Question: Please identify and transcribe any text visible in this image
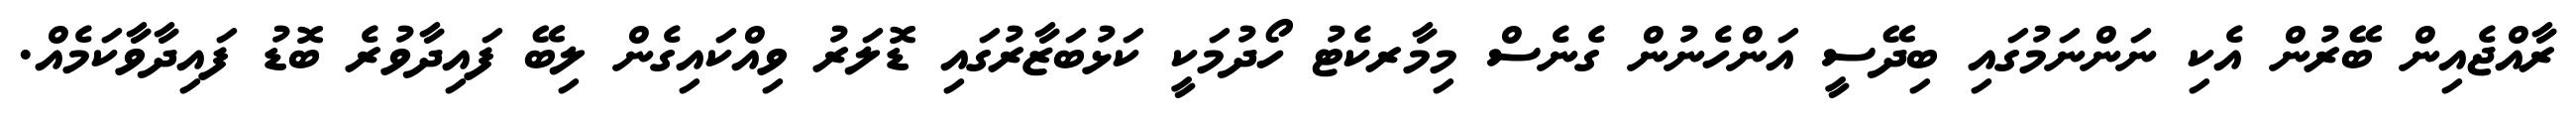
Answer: ރާއްޖެއިން ބޭރުން އެކި ނަންނަމުގައި ބިދޭސީ އަންހެނުން ގެނެސް މިމާރކެޓު ހޯދުމަކީ ކަޅުބަޒާރުގައި ޑޮލަރު ވިއްކައިގެން ލިބޭ ފައިދާވުރެ ބޮޑު ފައިދާވާކަމެއް.